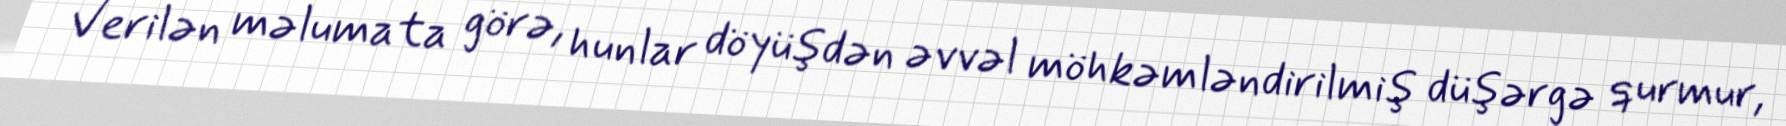
Verilən məlumata görə, hunlar döyüşdən əvvəl möhkəmləndirilmiş düşərgə qurmur,